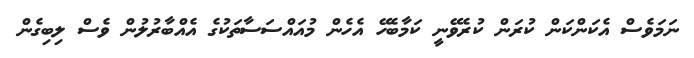
ނަމަވެސް އެކަންކަން ކުރަން ކުރެވޭނީ ކަމާބެހޭ އެހެން މުއައްސަސާތަކުގެ އެއްބާރުލުން ވެސް ލިބިގެން